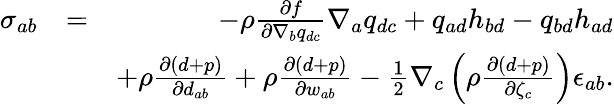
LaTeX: \begin{array}{rlr}{{\sigma}_{ab}}&{=}&{-\rho\frac{\partial f}{\partial\nabla_{b}q_{dc}}\nabla_{a}q_{dc}+q_{ad}h_{bd}-q_{bd}h_{ad}}\\ &{}&{+\rho\frac{\partial(d+p)}{\partial d_{ab}}+\rho\frac{\partial(d+p)}{\partial w_{ab}}-\frac{1}{2}\nabla_{c}\left(\rho\frac{\partial(d+p)}{\partial\zeta_{c}}\right)\epsilon_{ab}.}\end{array}